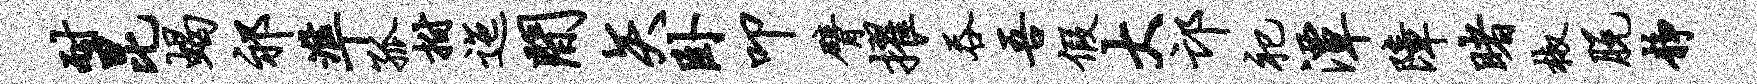
耐昆蝎祁准孤拊迤间矢卧叩臂擢吞吾假大邙祀潭障睹椒脱静